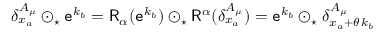
\begin{array} { r } { \delta _ { x _ { a } } ^ { A _ { \mu } } \odot _ { \star } \mathtt { e } ^ { k _ { b } } = \mathsf { R } _ { \alpha } ( \mathtt { e } ^ { k _ { b } } ) \odot _ { \star } \mathsf { R } ^ { \alpha } ( \delta _ { x _ { a } } ^ { A _ { \mu } } ) = \mathtt { e } ^ { k _ { b } } \odot _ { \star } \delta _ { x _ { a } + \theta \, k _ { b } } ^ { A _ { \mu } } } \end{array}